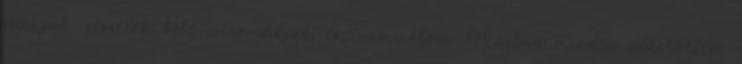
szirupot, reszelek bele citromhéjat, és turmixolom. Miután minden alkotóelem